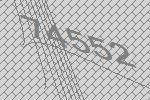
74552